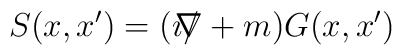
S(x,x') = (i/\hspace{-3mm}\nabla+m)G(x,x')